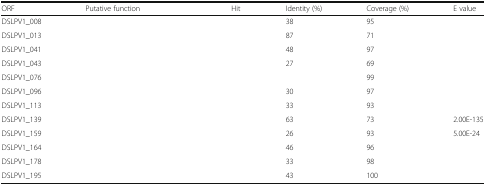
<table><thead><tr><td><b>ORF</b></td><td><b>Putative function</b></td><td><b>Hit</b></td><td><b>Identity (%)</b></td><td><b>Coverage (%)</b></td><td><b>E value</b></td></tr></thead><tbody><tr><td>DSLPV1_008</td><td>[EMPTY_CELL]</td><td>[EMPTY_CELL]</td><td>38</td><td>95</td><td>[EMPTY_CELL]</td></tr><tr><td>DSLPV1_013</td><td>[EMPTY_CELL]</td><td>[EMPTY_CELL]</td><td>87</td><td>71</td><td>[EMPTY_CELL]</td></tr><tr><td>DSLPV1_041</td><td>[EMPTY_CELL]</td><td>[EMPTY_CELL]</td><td>48</td><td>97</td><td>[EMPTY_CELL]</td></tr><tr><td>DSLPV1_043</td><td>[EMPTY_CELL]</td><td>[EMPTY_CELL]</td><td>27</td><td>69</td><td>[EMPTY_CELL]</td></tr><tr><td>DSLPV1_076</td><td>[EMPTY_CELL]</td><td>[EMPTY_CELL]</td><td>[EMPTY_CELL]</td><td>99</td><td>[EMPTY_CELL]</td></tr><tr><td>DSLPV1_096</td><td>[EMPTY_CELL]</td><td>[EMPTY_CELL]</td><td>30</td><td>97</td><td>[EMPTY_CELL]</td></tr><tr><td>DSLPV1_113</td><td>[EMPTY_CELL]</td><td>[EMPTY_CELL]</td><td>33</td><td>93</td><td>[EMPTY_CELL]</td></tr><tr><td>DSLPV1_139</td><td>[EMPTY_CELL]</td><td>[EMPTY_CELL]</td><td>63</td><td>73</td><td>2.00E-135</td></tr><tr><td>DSLPV1_159</td><td>[EMPTY_CELL]</td><td>[EMPTY_CELL]</td><td>26</td><td>93</td><td>5.00E-24</td></tr><tr><td>DSLPV1_164</td><td>[EMPTY_CELL]</td><td>[EMPTY_CELL]</td><td>46</td><td>96</td><td>[EMPTY_CELL]</td></tr><tr><td>DSLPV1_178</td><td>[EMPTY_CELL]</td><td>[EMPTY_CELL]</td><td>33</td><td>98</td><td>[EMPTY_CELL]</td></tr><tr><td>DSLPV1_195</td><td>[EMPTY_CELL]</td><td>[EMPTY_CELL]</td><td>43</td><td>100</td><td>[EMPTY_CELL]</td></tr></tbody></table>